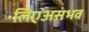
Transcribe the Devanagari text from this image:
लिएअसंभव